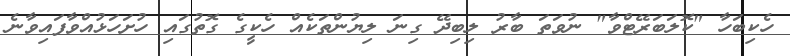
ހެކިބަހާ "ކޮލަބަރޭޓްވާ" ނުވަތަ ބާރު ލިބިދޭ ގިނަ ލިޔުންތަކެއް ހެކީގެ ގޮތުގައި ހުށަހަޅުއްވާފައިވާނެ